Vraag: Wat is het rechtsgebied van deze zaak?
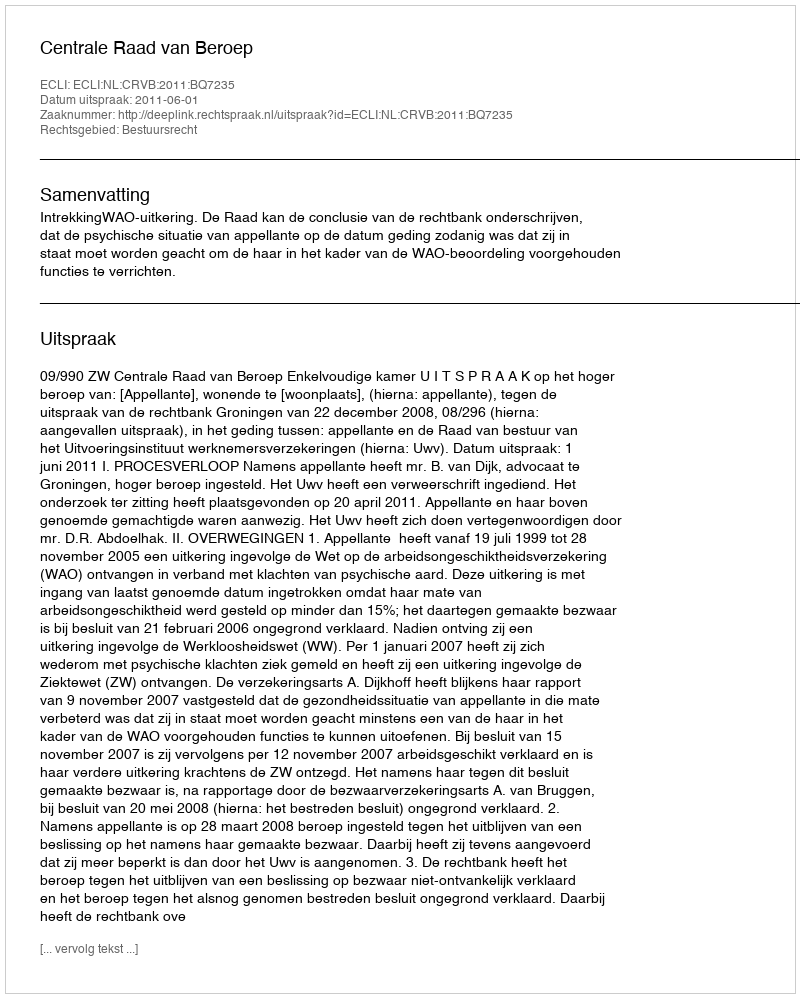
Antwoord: Bestuursrecht